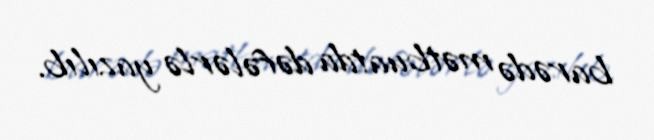
barədə mətbuatda dəfələrlə yazılıb.